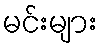
မင်းများ